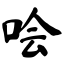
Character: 哙